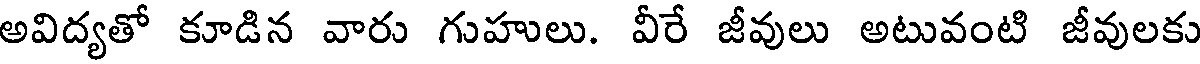
అవిద్యతో కూడిన వారు గుహులు. వీరే జీవులు అటువంటి జీవులకు